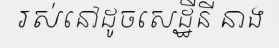
រស់នៅដូចសេដ្ឋីនី នាង